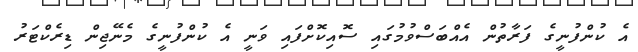
އެ ކުންފުނީގެ ފަރާތުން އެއްބަސްވުމުގައި ސޮއިކޮށްފައި ވަނީ އެ ކުންފުނީގެ މެނޭޖިން ޑިރެކްޓަރު